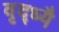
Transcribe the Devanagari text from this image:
वृद्ध्यै